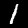
Label: 1